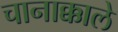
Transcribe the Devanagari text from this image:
चानाक्काले